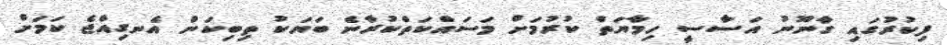
ފިކުރުގައި ގާނޫނު އަސާސީ ހިމާޔަތް ކުރުމަށް މަސައްކަތްކުރާނެ ބަޔަކު ތިބިކަން އެނގިއްޖެ ކަމަށް